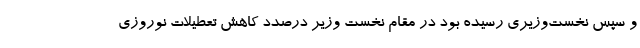
و سپس نخست‌وزیری رسیده بود در مقام نخست وزیر درصدد کاهش تعطیلات نوروزی